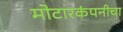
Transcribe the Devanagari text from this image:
मोटारकंपनीचा